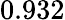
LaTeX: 0.932